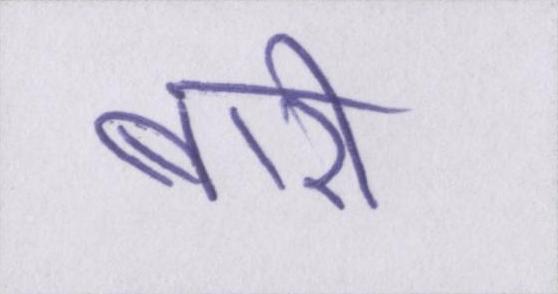
बारी